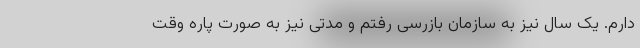
دارم. یک سال نیز به سازمان بازرسی رفتم و مدتی نیز به صورت پاره وقت